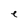
Character: e